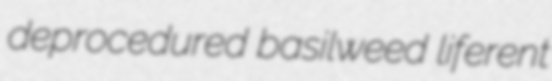
deprocedured basilweed liferent